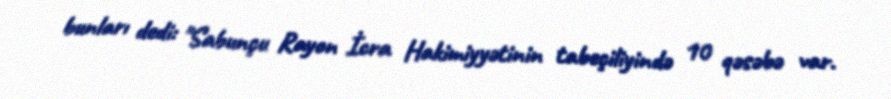
bunları dedi: "Sabunçu Rayon İcra Hakimiyyətinin tabeçiliyində 10 qəsəbə var.